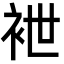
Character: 袣